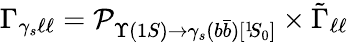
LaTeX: {\Gamma}_{\gamma_{s}\ell\ell}={\cal P}_{\Upsilon(1S){\rightarrow}\gamma_{s}(b\bar{b})[{}^{1}\! S_{0}]}\times\tilde{\Gamma}_{\ell\ell}